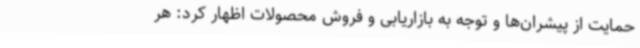
حمایت از پیشران‌ها و توجه به بازاریابی و فروش محصولات اظهار کرد: هر